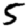
Digit: 5